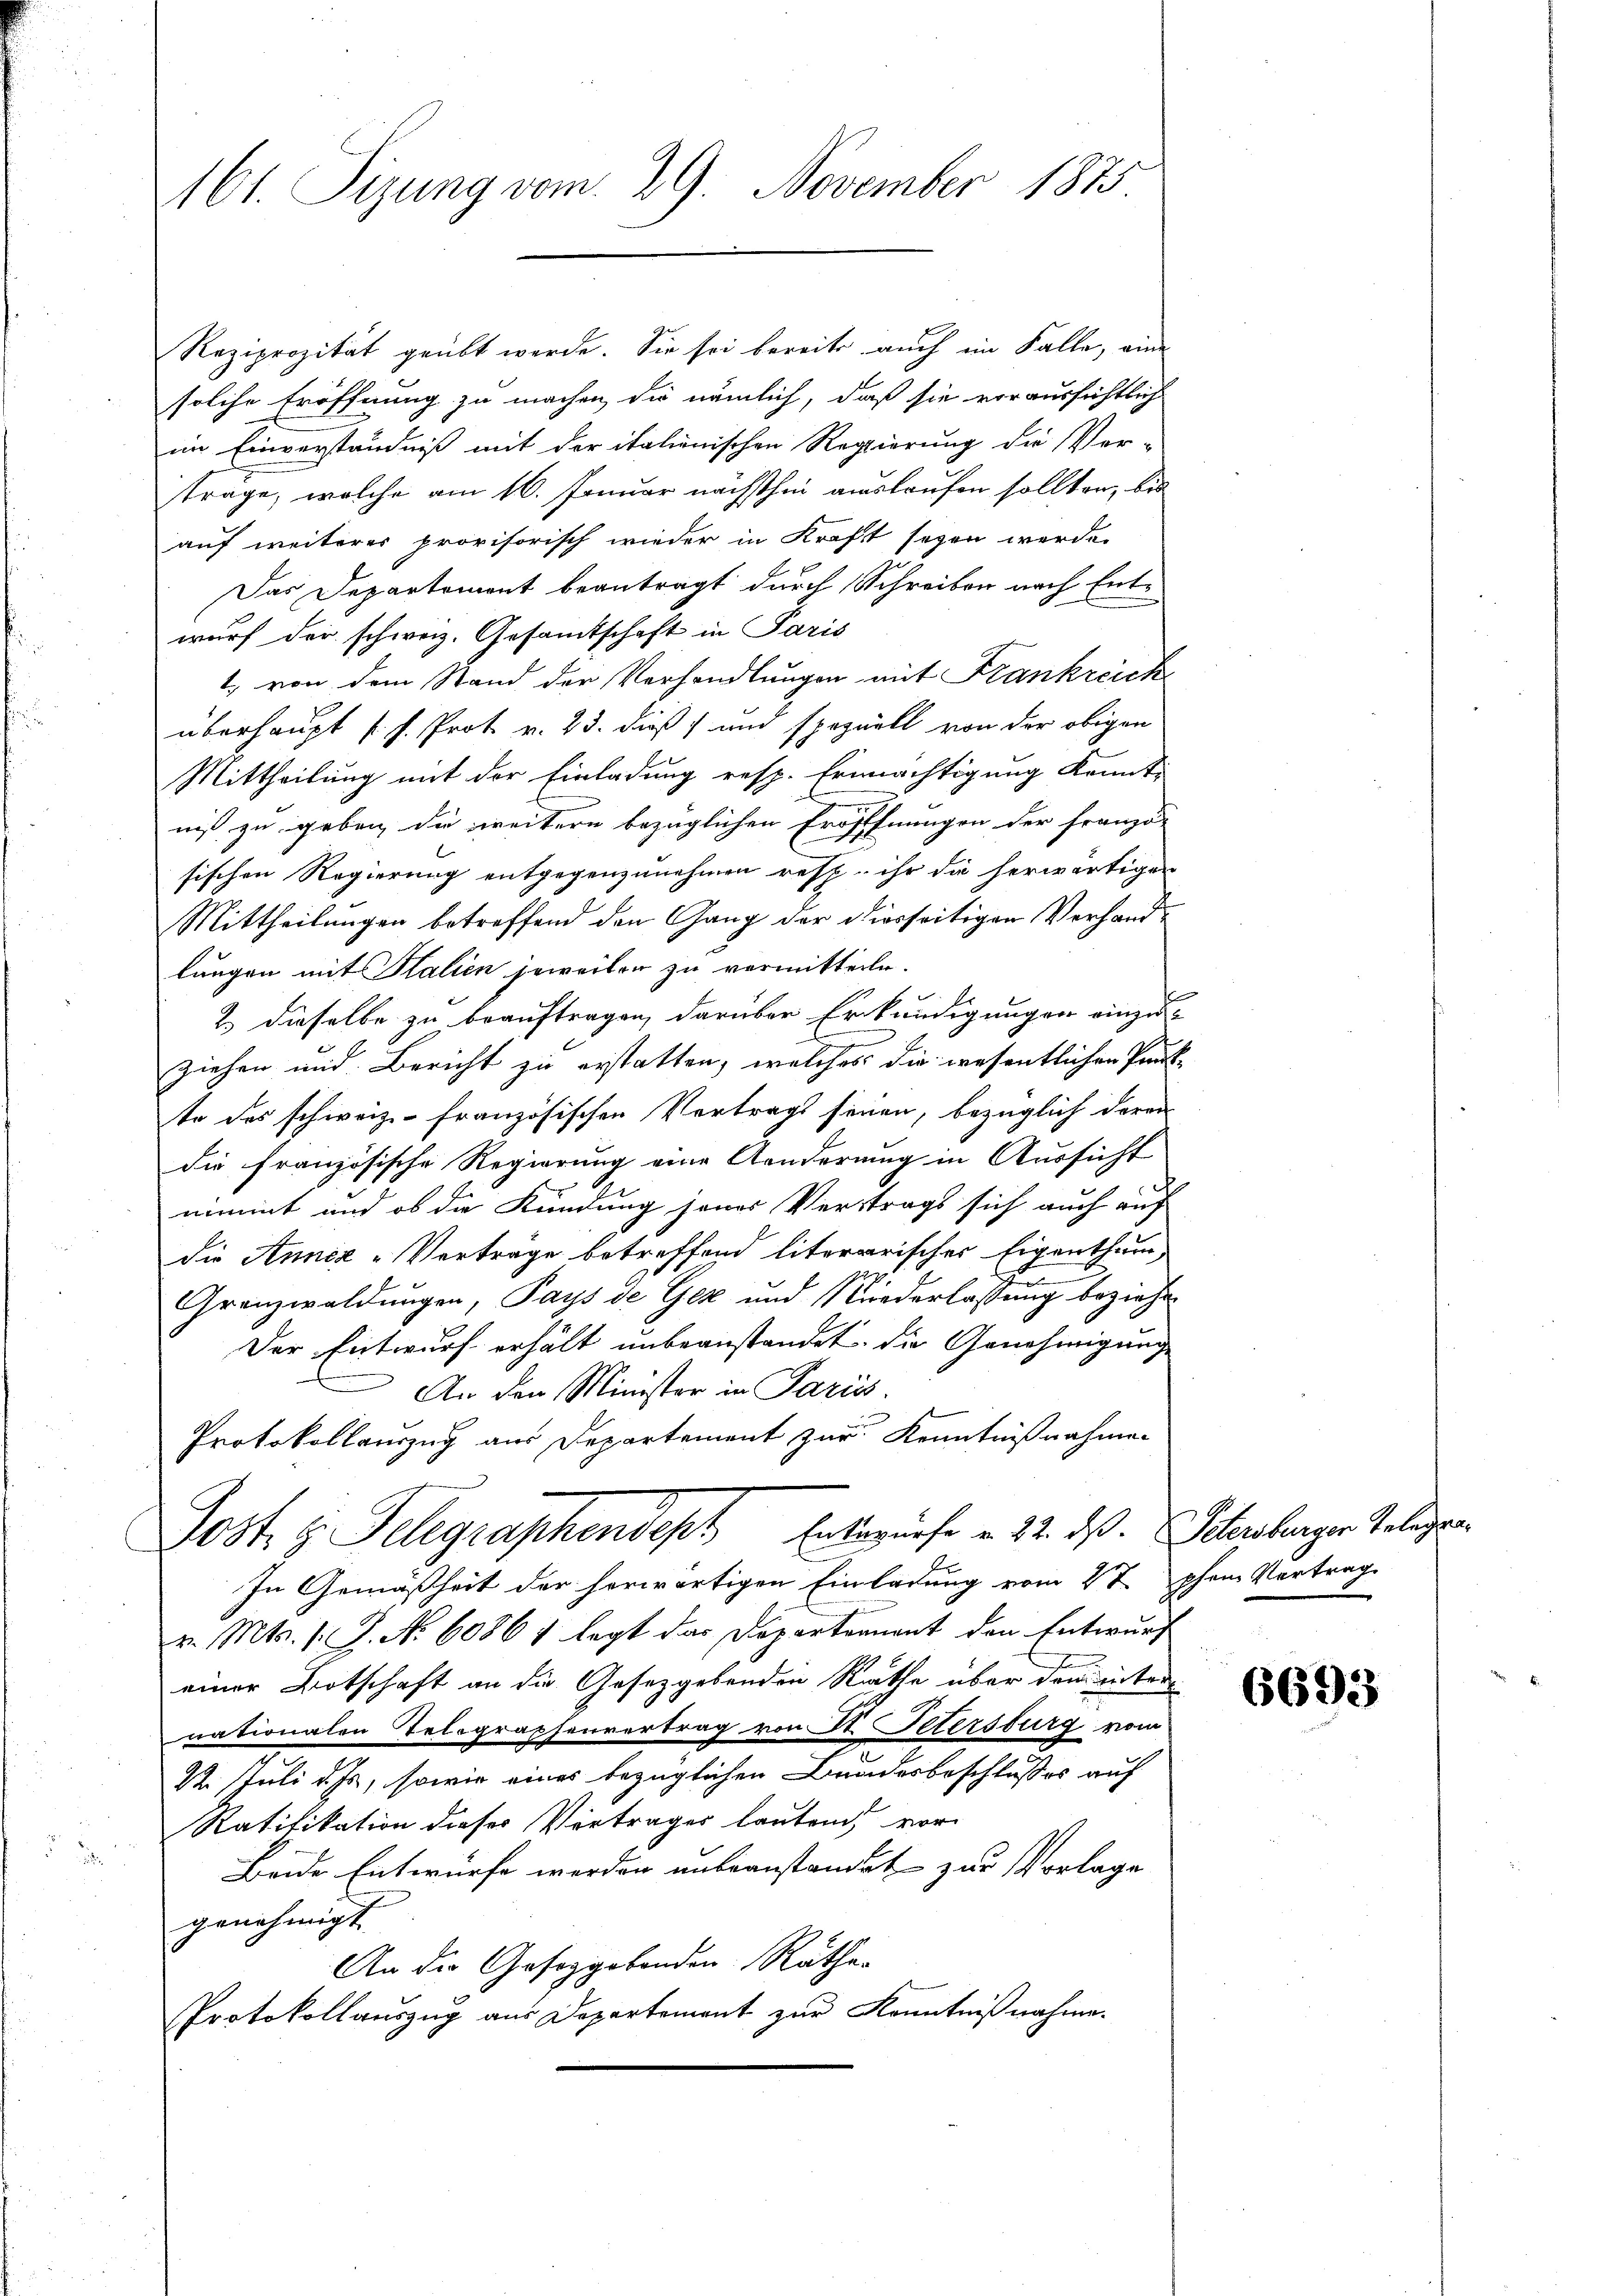
161. Sizung vom 29. November 1873.

Reziprozität geübt werde. Sie sei bereits auch im Falle, eine
solche Eröffnung zu machen, die nämlich, daß sie voraussichtlich
im Einverständniß mit der italienischen Regierung die Ver-
trage, welche am 16. Januar nächsthin auslaufen sollten, bis
auf weiteres provisorisch wieder in Kraft seyen werde.
Das Departemont beantragt durch Schreiben nach Entwurf der schweiz. Gesamtschaft in Paris
1. von dem Stand der Verhandlungen mit Frankreich
überhaupt d. h. Prot. v. 23. dieß) und speziell von der obigen
Mittheilung mit der Einladung resp. Ermächtigung konnt-
niß zu geben, die weitern bezüglichen Eröfffnungen der franzö-
sischen Regierung entgegenzunehmen resp. ihr die herwärtigen
Mittheilungen betreffend den Gang der diesseitigen Verhandlungen mit Italien jeweiter zu vermitteile.
2 dieselbe zu beauftragen, darüber Erkundigungen einzu-
ziehen und Bericht zu erstatten, welches die wesentlichen Pant-
te des schweiz französischen Vertrags seien, bezüglich deren
die französische Regierung eine Aenderung in Aussicht
nimmt und ob die Kündung jenes Verstrags sich auch auf
die Annez-Verträge betreffend literarisches Eigenthum,
Granzwaldungen, Pays de Gez und Niederlassung beziehen
Der Entwurf erhält unbeanstandet, die Genehmigung
An den Minister in Pariss.
Protokollauszug aus Departement zur Kenntnißnahmen
Post. g. Telegraphendept Entwurfe u. 22. ds. Schenberger Telegen
In Gemäßheit der herwärtigen Einladung vom 27 phen Vertrag
v. Mts. 1. J. No 6086 & legt das Departennant den Entwurf
h
einer Botschaft an die Gesetzgebenden Rathe über dem inter
nationalen Telegraphenvertrag von A. Ottersburg vom
1. Juli d. Js., sowie eines bezüglichen Bundesbeschlusses auf
Ratifikation dieses Vertrages lauten, vor-
Beide Entwurfe werden unbeanstandet zur Vorlage
genehmigt.
An die Gesetzgebenden Räthe.
Protokollauszug aus Departement zur Kenntnißnahme.

6693